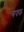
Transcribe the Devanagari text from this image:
बफ्फ़